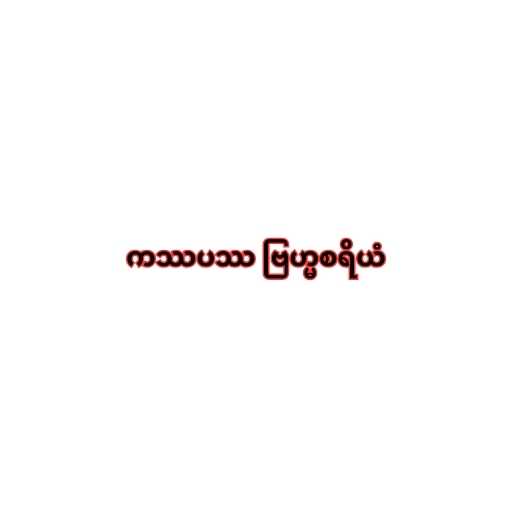
ကဿပဿ ဗြဟ္မစရိယံ